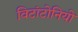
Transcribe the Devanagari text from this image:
विटांटोनियो